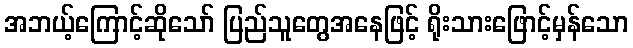
အဘယ့်ကြောင့်ဆိုသော် ပြည်သူတွေအနေဖြင့် ရိုးသားဖြောင့်မှန်သော